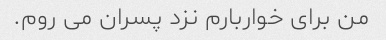
من برای خواربارم نزد پسران می روم.